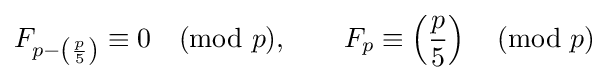
F_{p-\left({\frac {p}{5}}\right)}\equiv 0{\pmod {p}},\qquad F_{p}\equiv \left({\frac {p}{5}}\right){\pmod {p}}